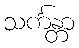
သင်္ကန္တာ